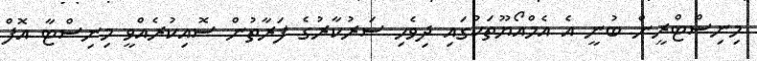
މިނިސްޓްރީން ބުނީ އެ އެމްއޯޔޫތަކުގައި ދިވެހި ސަރުކާރުގެ ފަރާތުން ސޮއިކުރެއްވީ މިނިސްޓާ އޮފް